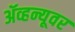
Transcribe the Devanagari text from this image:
ॲव्हन्यूवर